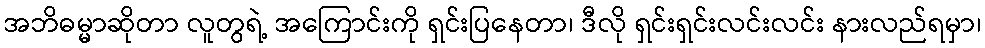
အဘိဓမ္မာဆိုတာ လူတွရဲ့ အကြောင်းကို ရှင်းပြနေတာ၊ ဒီလို ရှင်းရှင်းလင်းလင်း နားလည်ရမှာ၊